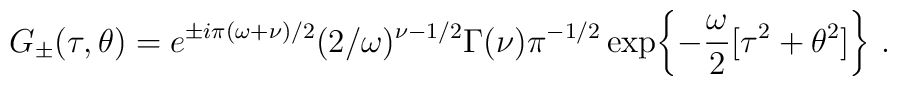
G_{\pm} (\tau,\theta) =  e^{\pm i\pi (\omega+\nu) /2}(2/\omega)^{\nu - 1/2}\Gamma(\nu) \pi^{-1/2} \exp\biggl\{ - \frac{\omega}{2} [\tau^2  + \theta^2 ] \biggr\}\ .